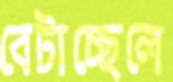
বেটাচ্ছেলে